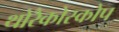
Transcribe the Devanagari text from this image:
थोरैकोस्कोप